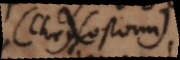
(Chrisostomi)